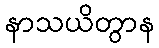
နာသယိတွာန